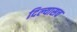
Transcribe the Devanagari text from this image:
दिल्यासच